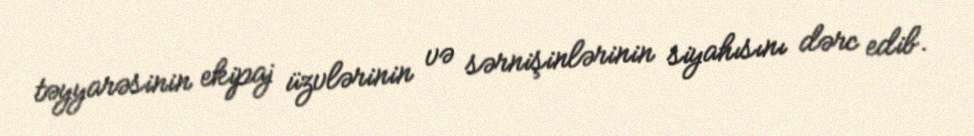
təyyarəsinin ekipaj üzvlərinin və sərnişinlərinin siyahısını dərc edib.